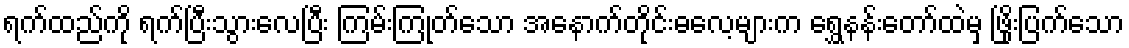
ရက်ထည်ကို ရက်ပြီးသွားလေပြီး ကြမ်းကြုတ်သော အနောက်တိုင်းဓလေ့များက ရွှေနန်းတော်ထဲမှ ဖြိုးပြက်သော